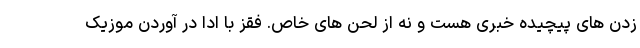
زدن های پیچیده خبری هست و نه از لحن های خاص. فقز با ادا در آوردن موزیک